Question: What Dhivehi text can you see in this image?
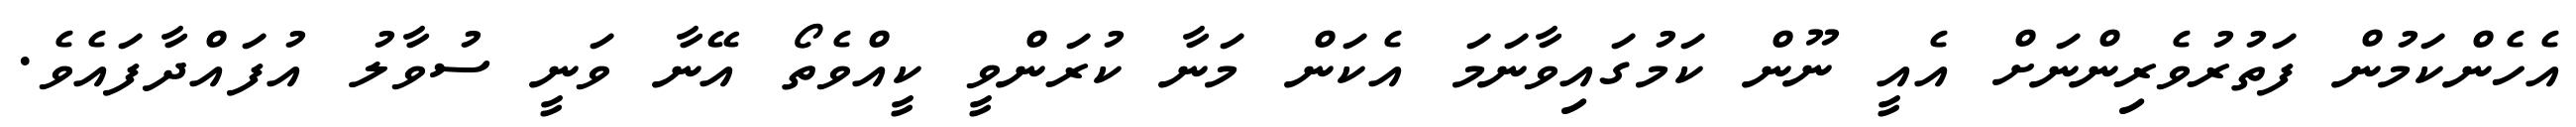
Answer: އެހެންކަމުން ފަތުރުވެރިންނަށް އެއީ ނޫން ކަމުގައިވާނަމަ އެކަން މަނާ ކުރަންވީ ކީއްވެތޯ އޭނާ ވަނީ ސުވާލު އުފައްދާފައެވެ.